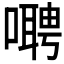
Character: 𫫺